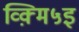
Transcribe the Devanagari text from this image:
व्क़्मि५इ